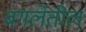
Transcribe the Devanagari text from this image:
बगलेतील